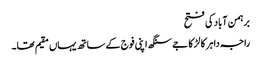
برہمن آباد کی فتح
راجہ داہر کا لڑکا جے سنگھ اپنی فوج کے ساتھ یہاں مقیم تھا۔